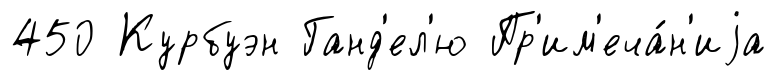
450 Курбуэн Ганд'ел'ю Пр'им'еча́н'иjа